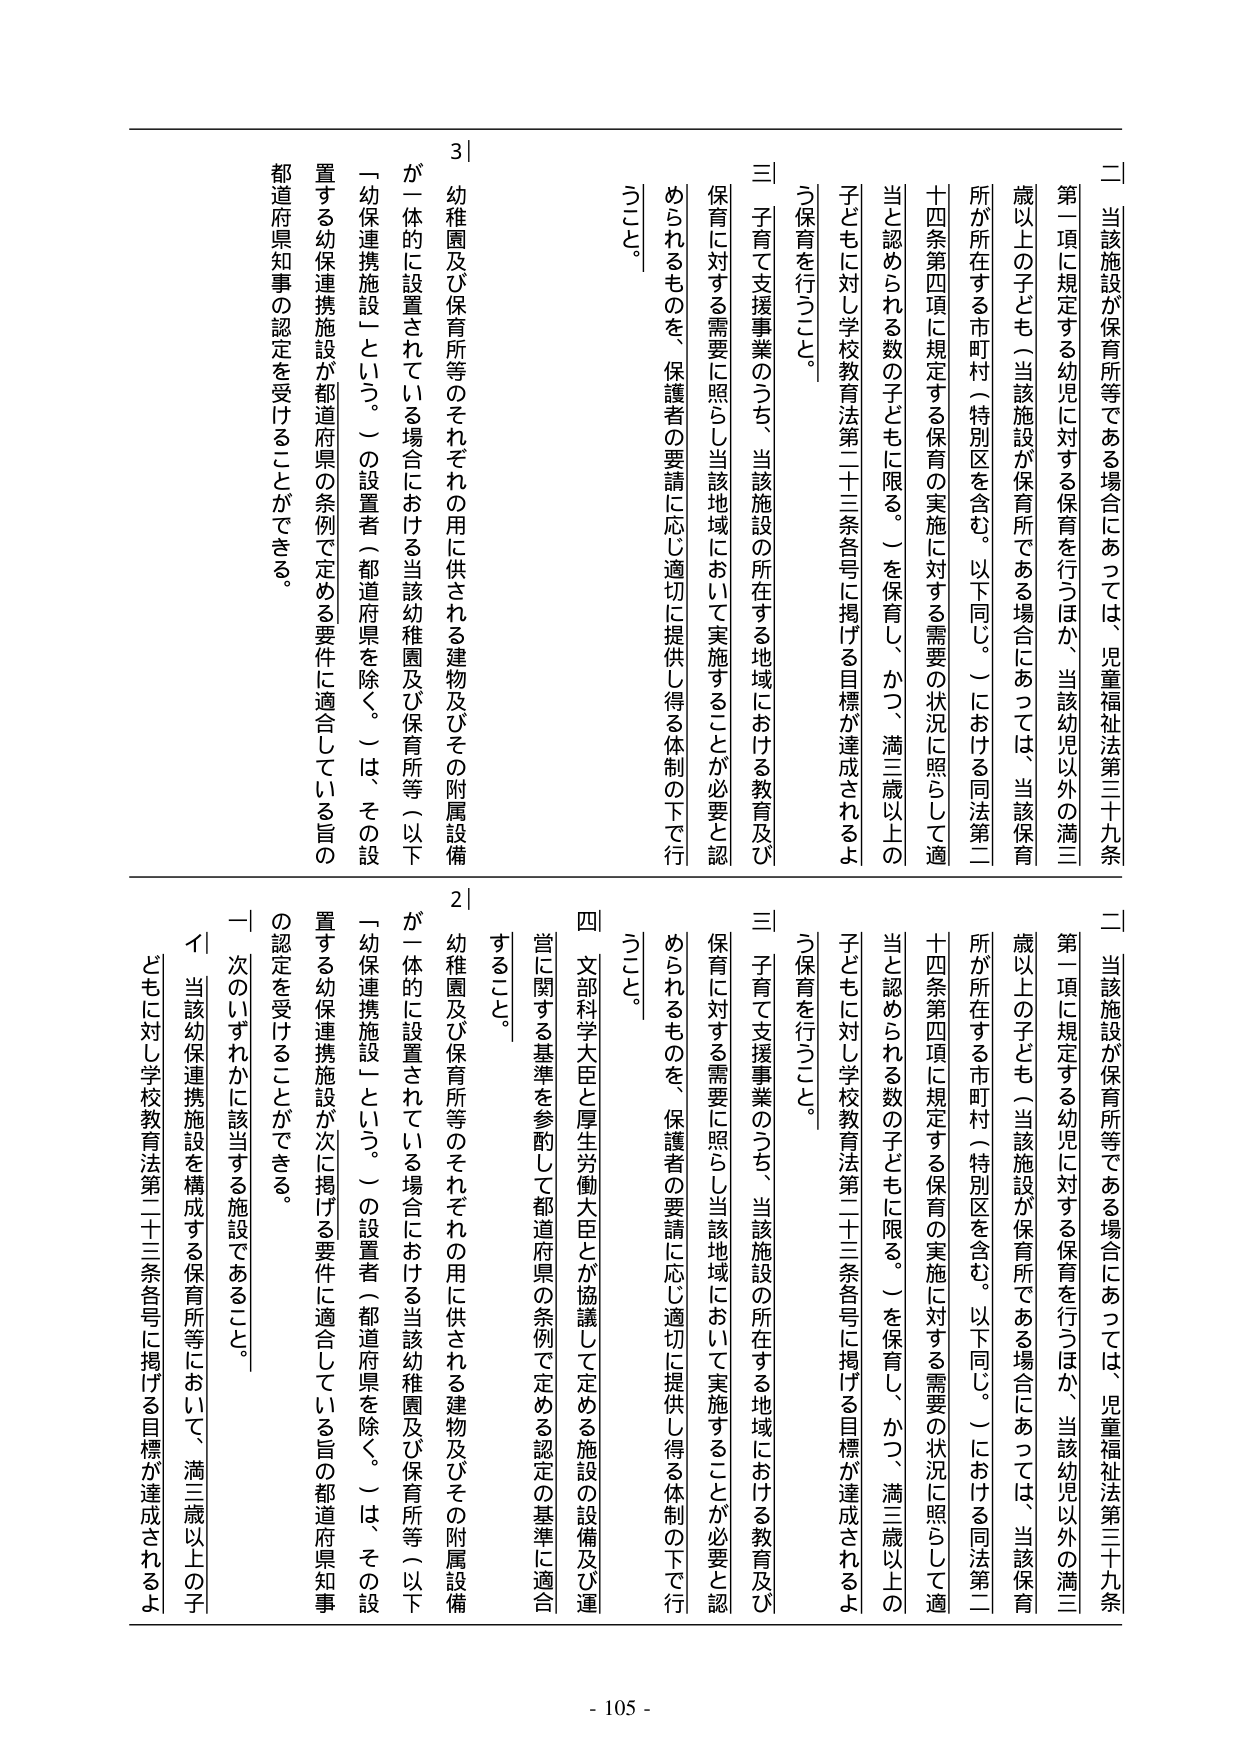
二 当該施設が保育所等である場合にあっては、児童福祉法第三十九条第一項に規定する幼児に対する保育を行うほか、当該幼児以外の満三歳以上の子ども（当該施設が保育所である場合にあっては、当該保育所が所在する市町村（特別区を含む。以下同じ。）における同法第二十四条第四項に規定する保育の実施に対する需要の状況に照らして適当と認められる数の子どもに限る。）を保育し、かつ、満三歳以上の子どもに対し学校教育法第二十三条各号に掲げる目標が達成されるよう保育を行うこと。

三 子育て支援事業のうち、当該施設の所在する地域における教育及び保育に対する需要に照らし当該地域において実施することが必要と認められるものを、保護者の要請に応じ適切に提供し得る体制の下で行うこと。

三 子育て支援事業のうち、当該施設の所在する地域における教育及び保育に対する需要に照らし当該地域において実施することが必要と認められるものを、保護者の要請に応じ適切に提供し得る体制の下で行うこと。

四 文部科学大臣と厚生労働大臣とが協議して定める施設の設備及び運営に関する基準を参酌して都道府県の条例で定める認定の基準に適合すること。

二 当該施設が保育所等である場合にあっては、児童福祉法第三十九条第一項に規定する幼児に対する保育を行うほか、当該幼児以外の満三歳以上の子ども（当該施設が保育所である場合にあっては、当該保育所が所在する市町村（特別区を含む。以下同じ。）における同法第二十四条第四項に規定する保育の実施に対する需要の状況に照らして適当と認められる数の子どもに限る。）を保育し、かつ、満三歳以上の子どもに対し学校教育法第二十三条各号に掲げる目標が達成されるよう保育を行うこと。

三 子育て支援事業のうち、当該施設の所在する地域における教育及び保育に対する需要に照らし当該地域において実施することが必要と認められるものを、保護者の要請に応じ適切に提供し得る体制の下で行うこと。

四 文部科学大臣と厚生労働大臣とが協議して定める施設の設備及び運営に関する基準を参酌して都道府県の条例で定める認定の基準に適合すること。

3｜幼稚園及び保育所等のそれぞれの用に供される建物及びその附属設備が一体的に設置されている場合における当該幼稚園及び保育所等（以下「幼保連携施設」という。）の設置者（都道府県を除く。）は、その設置する幼保連携施設が都道府県の条例で定める要件に適合している旨の都道府県知事の認定を受けることができる。

2｜幼稚園及び保育所等のそれぞれの用に供される建物及びその附属設備が一体的に設置されている場合における当該幼稚園及び保育所等（以下「幼保連携施設」という。）の設置者（都道府県を除く。）は、その設置する幼保連携施設が次に掲げる要件に適合している旨の都道府県知事の認定を受けることができる。

一 次のいずれかに該当する施設であること。

イ 当該幼保連携施設を構成する保育所等において、満三歳以上の子どもに対し学校教育法第二十三条各号に掲げる目標が達成されるよう保育を行うこと。

- 105 -